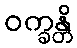
ဝက္ခန္တိ